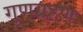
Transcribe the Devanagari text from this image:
गुणग्रहण